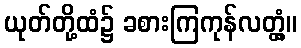
ယုတ်တို့ထံ၌ ခစားကြကုန်လတ္တံ့။